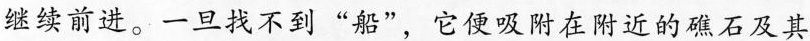
继续前进。一旦找不到”船”，它便吸附在附近的礁石及其